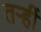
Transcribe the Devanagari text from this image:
तऱ्हीं